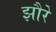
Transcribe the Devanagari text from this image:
झौरे